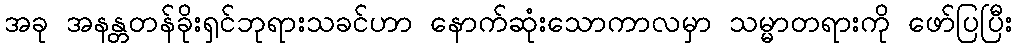
အခု အနန္တတန်ခိုးရှင်ဘုရားသခင်ဟာ နောက်ဆုံးသောကာလမှာ သမ္မာတရားကို ဖော်ပြပြီး